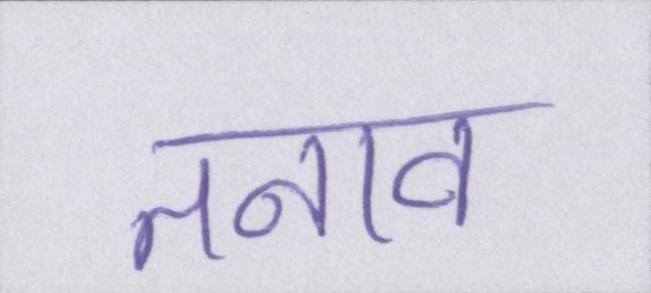
तनाव